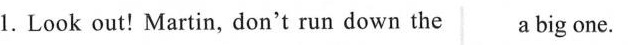
1. Look out! Martin, don't run down the a big one.